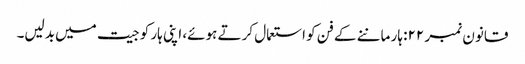
قانون نمبر ۲۲: ہار ماننے کے فن کو استعمال کرتے ہوئے، اپنی ہار کو جیت میں بدلیں۔